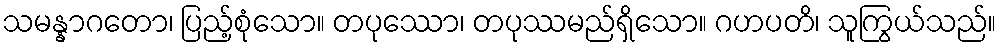
သမန္နာဂတော၊ ပြည့်စုံသော။ တပုဿော၊ တပုဿမည်ရှိသော။ ဂဟပတိ၊ သူကြွယ်သည်။